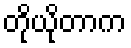
တိုယိုတာက